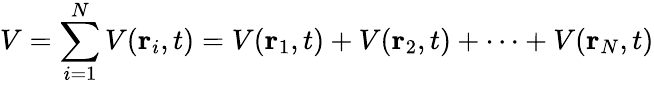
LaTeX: V=\sum_{i=1}^{N}V(\mathbf{r}_{i},t)=V(\mathbf{r}_{1},t)+V(\mathbf{r}_{2},t)+\cdots+V(\mathbf{r}_{N},t)